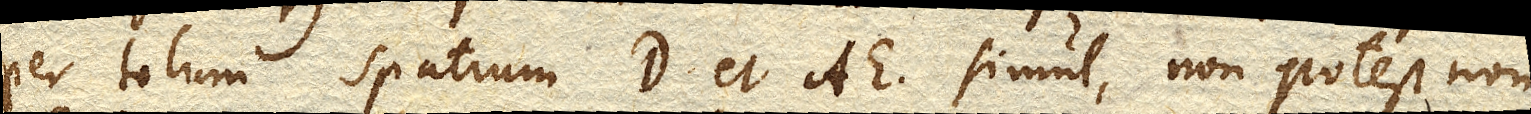
per totum spatium DD. et AE. simul, non potest non